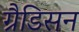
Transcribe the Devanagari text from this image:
ग्रैडिसन